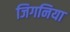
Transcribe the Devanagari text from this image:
जिगनिया